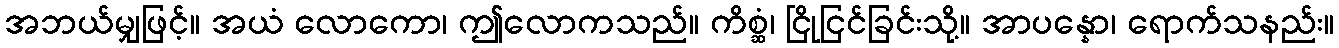
အဘယ်မျှဖြင့်။ အယံ လောကော၊ ဤလောကသည်။ ကိစ္ဆံ၊ ငြိုငြင်ခြင်းသို့။ အာပန္နော၊ ရောက်သနည်း။